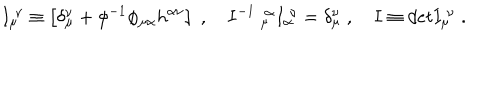
I _ { \mu } ^ { \ \nu } \equiv \left[ \delta _ { \mu } ^ { \nu } + \phi ^ { - 1 } \phi _ { \mu \alpha } h ^ { \alpha \nu } \right] \; , \quad I ^ { - 1 } \ _ { \mu } ^ { \ \alpha } I _ { \alpha } ^ { \ \nu } = \delta _ { \mu } ^ { \nu } \; , \quad I \equiv d e t I _ { \mu } ^ { \ \nu } \; .